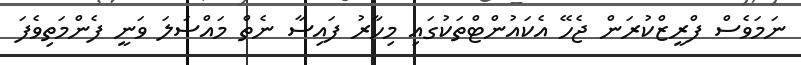
ނަމަވެސް ފްރީޒްކުރަން ޖެހޭ އެކައުންޓްތަކުގައި މިހާރު ފައިސާ ނެތް މައްސަލަ ވަނީ ފެންމަތިވެފަ